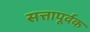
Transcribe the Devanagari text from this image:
सत्तापूर्वक